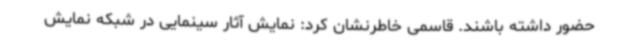
حضور داشته باشند. قاسمی خاطرنشان کرد: نمایش آثار سینمایی در شبکه نمایش